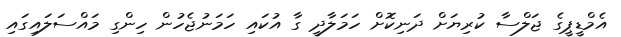
އެމްޑީޕީގެ ޖަލްސާ ކުރިޔަށް ދަނިކޮށް ހަމަލާދީ ގާ އުކައި ހަމަނުޖެހުން ހިންގި މައްސަލައިގައި